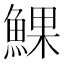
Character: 𩸄